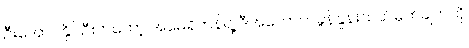
ဦးအောင်နိုင်ဦးကတော့ အမေရိကန်ရဲ့ ဒီအကောက်ခွန်နှုန်းသတ်မှတ်ချက်ကို